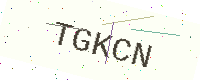
Text: TGKCN